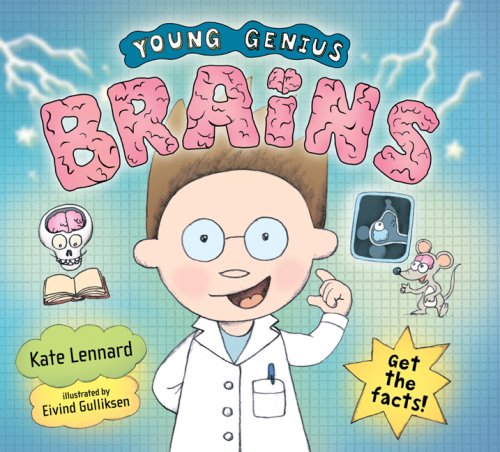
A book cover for Young Genius: Brains (Young Genius Books); Kate Lennard; Children's Books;